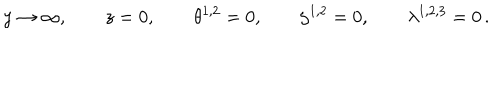
y \rightarrow \infty , \qquad z = 0 , \qquad \theta ^ { 1 , 2 } = 0 , \qquad \zeta ^ { 1 , 2 } = 0 , \qquad \lambda ^ { 1 , 2 , 3 } = 0 \, .